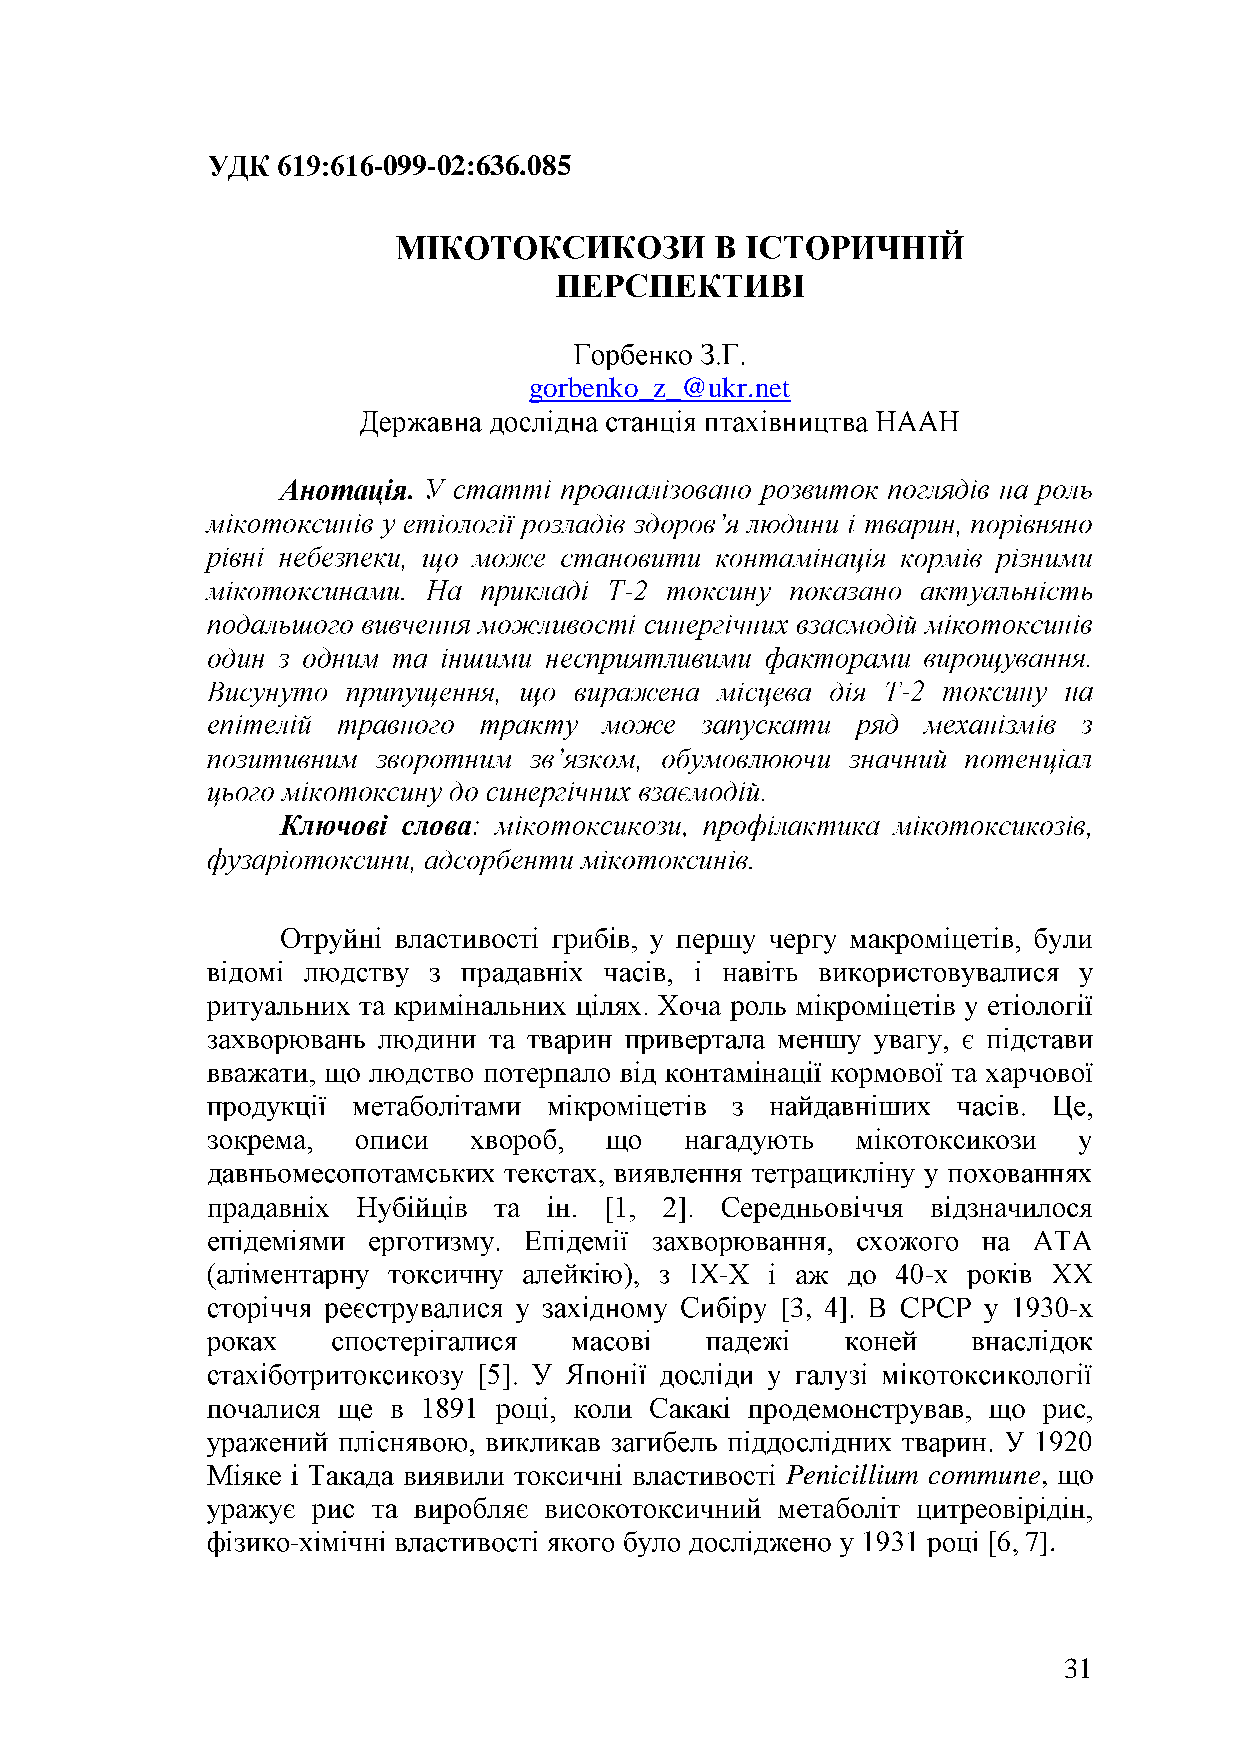
-099-02:636.085
 gorbenko_z_@ukr.net
 .
 -
 -
 -            -
 [3,                -
 Penicillium commune,
 -                                                7].
 31